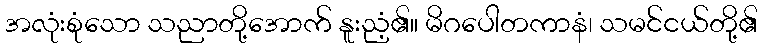
အလုံးစုံသော သညာတို့အောက် နူးညံ့၏။ မိဂပေါတကာနံ၊ သမင်ငယ်တို့၏